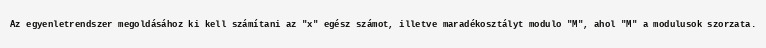
Az egyenletrendszer megoldásához ki kell számítani az "x" egész számot, illetve maradékosztályt modulo "M", ahol "M" a modulusok szorzata.